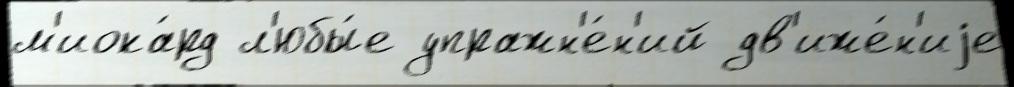
м'иока́рд л'юбы́е упражн'е́н'ий дв'иже́н'иjе